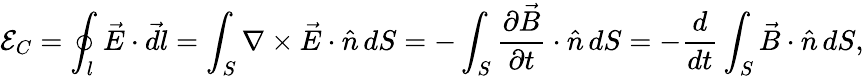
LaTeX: \mathcal E_{C}=\oint_{l}\vec{E}\cdot\vec{dl}=\int_{S}\nabla\times\vec{E}\cdot\hat{n}\, dS=-\int_{S}\frac{\partial\vec{B}}{\partial t}\cdot\hat{n}\, dS=-\frac{d}{dt}\int_{S}\vec{B}\cdot\hat{n}\, dS,